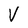
Character: V